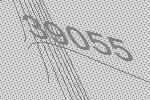
39055